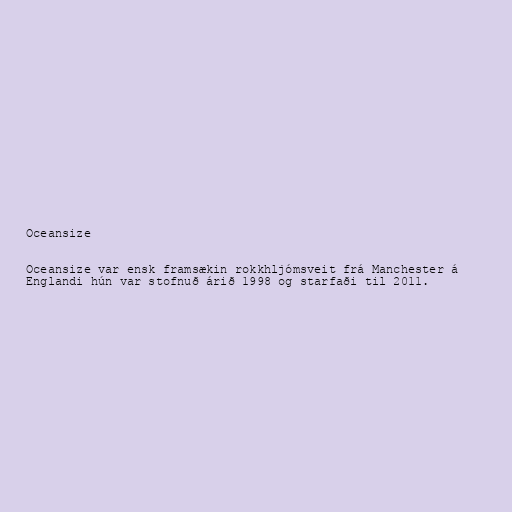
Oceansize

Oceansize var ensk framsækin rokkhljómsveit frá Manchester á
Englandi hún var stofnuð árið 1998 og starfaði til 2011.